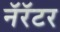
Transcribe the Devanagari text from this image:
नॅरॅटर